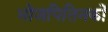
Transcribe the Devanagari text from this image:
भोजपितिनकों